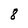
Character: 8